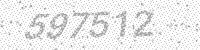
Solution: 597512